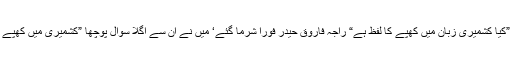
میں نے ان سے پوچھا ”کیا کشمیری زبان میں کھپے کا لفظ ہے“ راجہ فاروق حیدر فوراً شرما گئے‘ میں نے ان سے اگلا سوال پوچھا ”کشمیری میں کھپے کا مطلب کیا ہوتا ہے؟